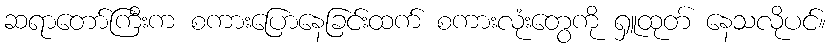
ဆရာတော်ကြီးက စကားပြောနေခြင်းထက် စကားလုံးတွေကို ရှူထုတ် နေသလိုပင်။